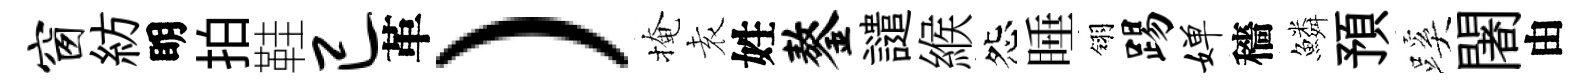
窗紡眀拍鞋已革）掩𡊮姓鏊譴緱怨睡翎踢婵穡鱗預蹊闍由